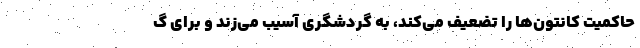
حاکمیت کانتون‌ها را تضعیف می‌کند، به گردشگری آسیب می‌زند و برای گ